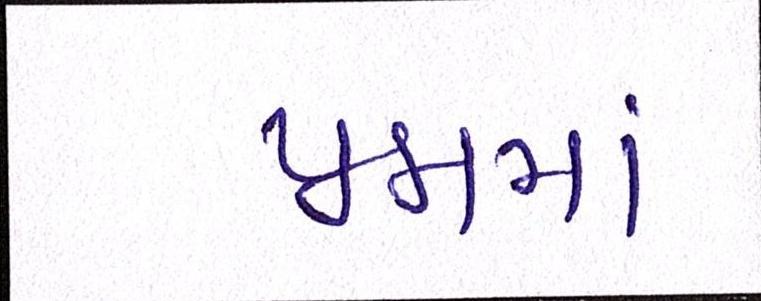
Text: પ્રશ્નમાં